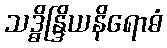
သဒ္ဓိန္ဒြိယနိရောဓံ